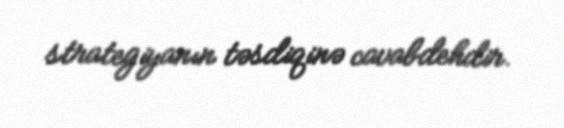
strategiyanın təsdiqinə cavabdehdir.